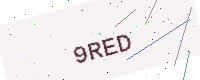
Text: 9RED